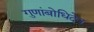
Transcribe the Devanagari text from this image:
गुणांबोधिदेव